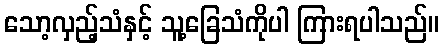
သော့လှည့်သံနှင့် သူ့ခြေသံကိုပါ ကြားရပါသည်။